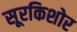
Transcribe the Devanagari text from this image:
सूरकिशोर